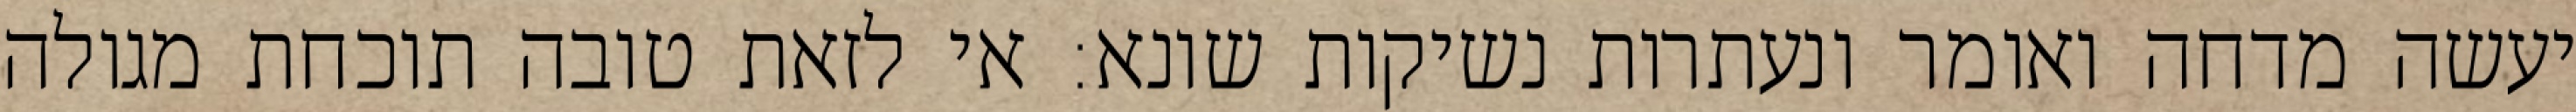
יעשה מדחה ואומר ונעתרות נשיקות שונא: אי לזאת טובה תוכחת מגולה